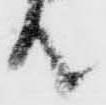
殿